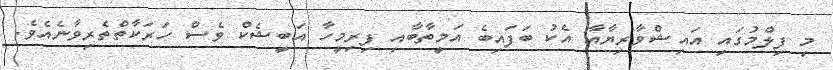
މި ފިލްމުގައި އައިޝްވާރިޔާއާ އެކު ބަފައިބެ އަމީތާބާއި ފިރިމީހާ އަބީޝެކް ވެސް ހަރަކާތްތެރިވާނެއެވެ.